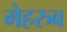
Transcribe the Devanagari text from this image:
मेहरुब